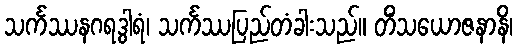
သင်္ကဿနဂရဒွါရံ၊ သင်္ကဿပြည်တံခါးသည်။ တိံသယောဇနာနိ၊